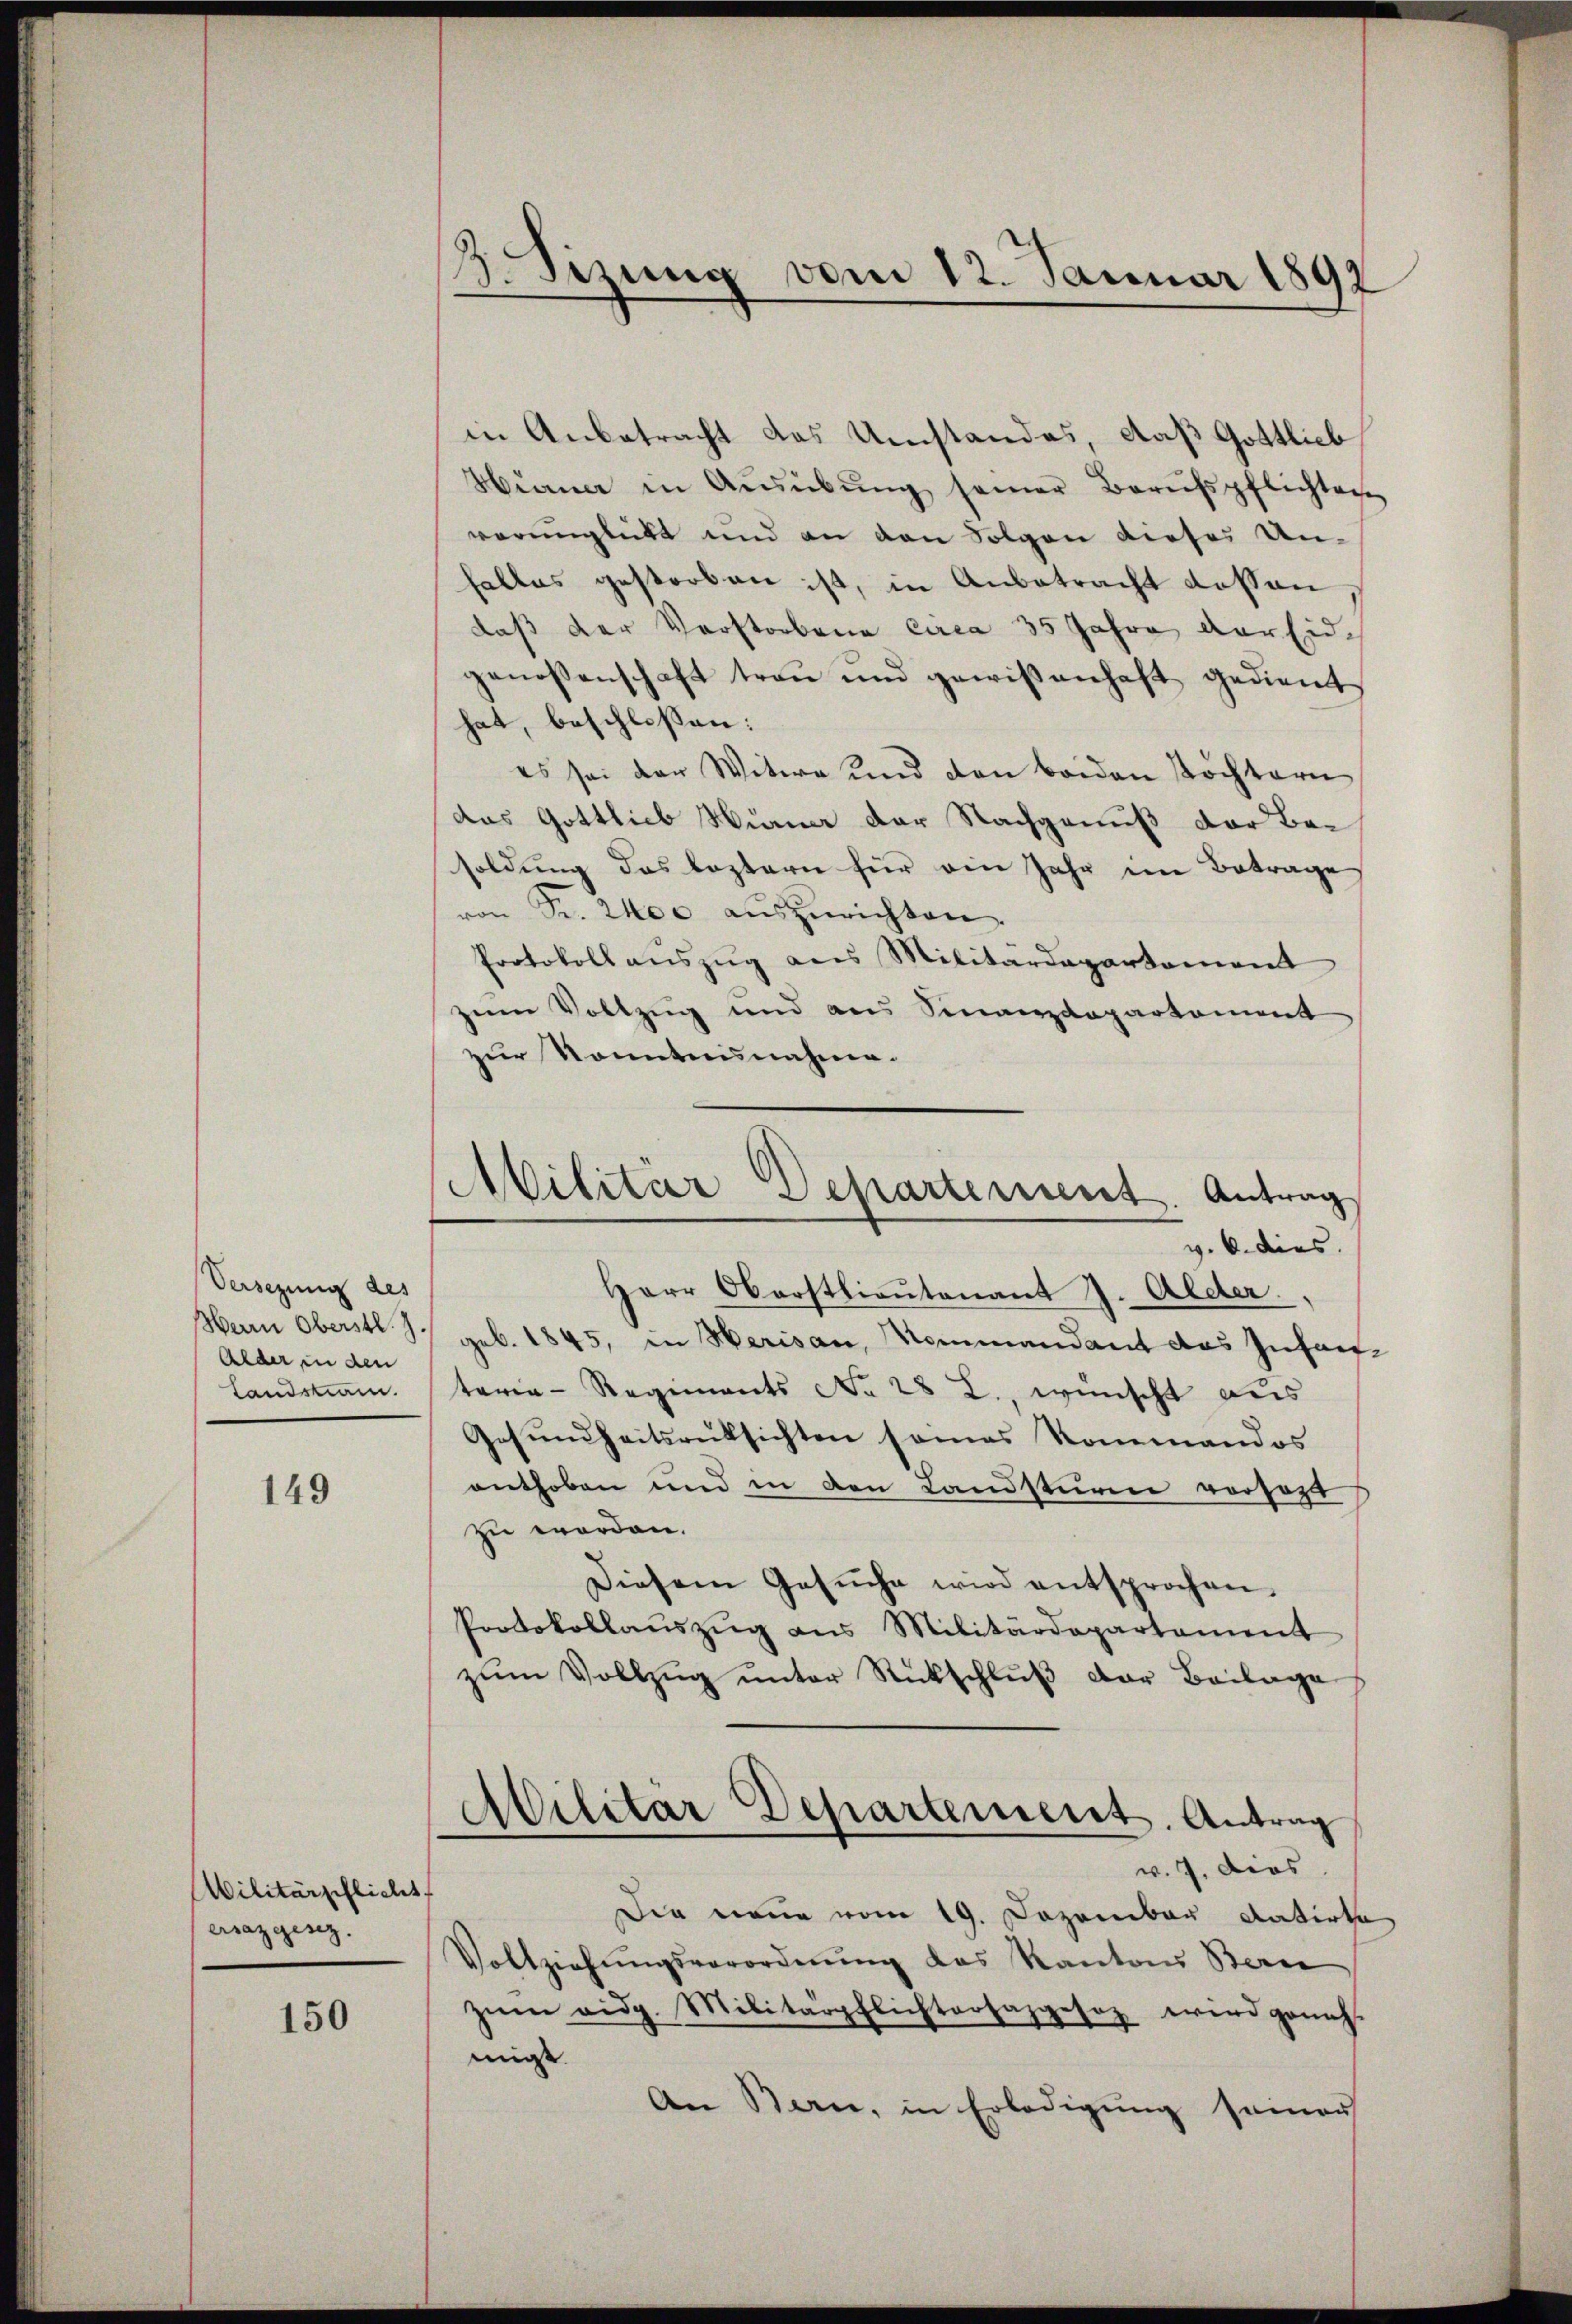
Versezung des
Alder in den
Landskam.

149

Militärschlicht
errazgenz.

150

3. Sizung vom 12. Januar 1892

in Anbetracht das Umstandes, daß Gottlieb,
Hörner in Aŭsübŭng seiner Berufspflichtei
verunglückt und an den Folgen dieser Un-
falles gestorben ist, in Anbetracht dessen
daß der Vorstorbene circa 35 Jahre der Eid
genossenschaft traŭ ŭnd gewißenhaft gedient
hat, beschlossen:
es sei der Witwe und den beiden Töchtern
das Gottlieb Huna der Nachgenuß der Besoldung des leztern für ein Jahr im Betrage
von Fr. 2400 auszurichten.
Protokoll aŭszŭg aus Militärdepartement
zum Vollzug und aus Finanzdepartament
zur konntnisnahme.
Herr Oberstlieutenant J. Alder.
Herrn Oberstl. J. geb. 1845, in Herisau, Kommandant des Infantaria - Regiments No 28 L., wünscht aus
Gesundheitsrücksichten seines Kommandos
enthoben und in den Landsturm vorsezt
zu worden.
Diesem Gesŭche wird entsprochen.
Portokollaŭszŭg ans Militärdepartament
zŭm Vollzŭg ŭnter Rückschlŭβ der Beilage
Militär Departement. Antrag
v. 7. dies
Die neue vom 19. Dezember datirte
Vollziehŭngsverordnŭng des Kantons Berei
zŭm eidg. Militärpflichtersazgesez wird geneh-
migt.
An Bern, in Erledigung seiner

Militär Departement. Antrag
v. 6. dies